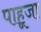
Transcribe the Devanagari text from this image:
पाहूजा